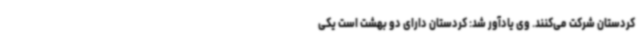
کردستان شرکت می‌کنند. وی یادآور شد: کردستان دارای دو بهشت است یکی